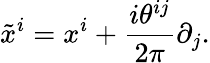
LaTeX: \tilde{x}^{i}=x^{i}+\frac{i\theta^{ij}}{2\pi}\partial_{j}.